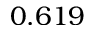
0 . 6 1 9